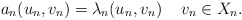
\begin{align*} a_n(u_n, v_n)=\lambda_n (u_n, v_n) \quad\, v_n\in X_n.\end{align*}